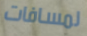
لمسافات